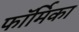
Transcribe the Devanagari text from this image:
फॉर्मिका